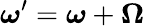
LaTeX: {\boldsymbol{\omega}}^{\prime}={\boldsymbol{\omega}}+{\boldsymbol{\Omega}}